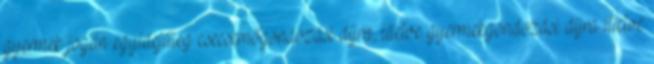
gyermek jogán egyidejűleg csecsemőgondozási díjra, illetve gyermekgondozási díjra illetve